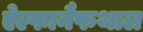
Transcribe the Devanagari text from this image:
ऐल्फानैफथाल